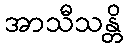
အာသီသန္တိ